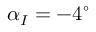
\alpha _ { I } = - 4 ^ { \circ }